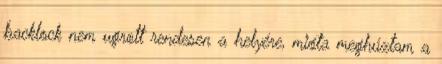
backlock nem ugrott rendesen a helyére, mióta meghúztam a